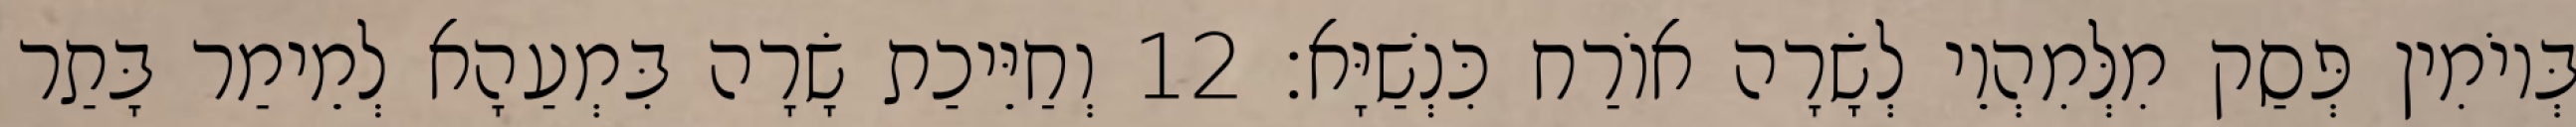
בְּיוֹמִין פְּסַק מִלְּמִהְוֵי לְשָׂרָה אוֹרַח כִּנְשַׁיָּא׃ 12 וְחַיֵּיכַת שָׂרָה בִּמְעַהָא לְמֵימַר בָּתַר